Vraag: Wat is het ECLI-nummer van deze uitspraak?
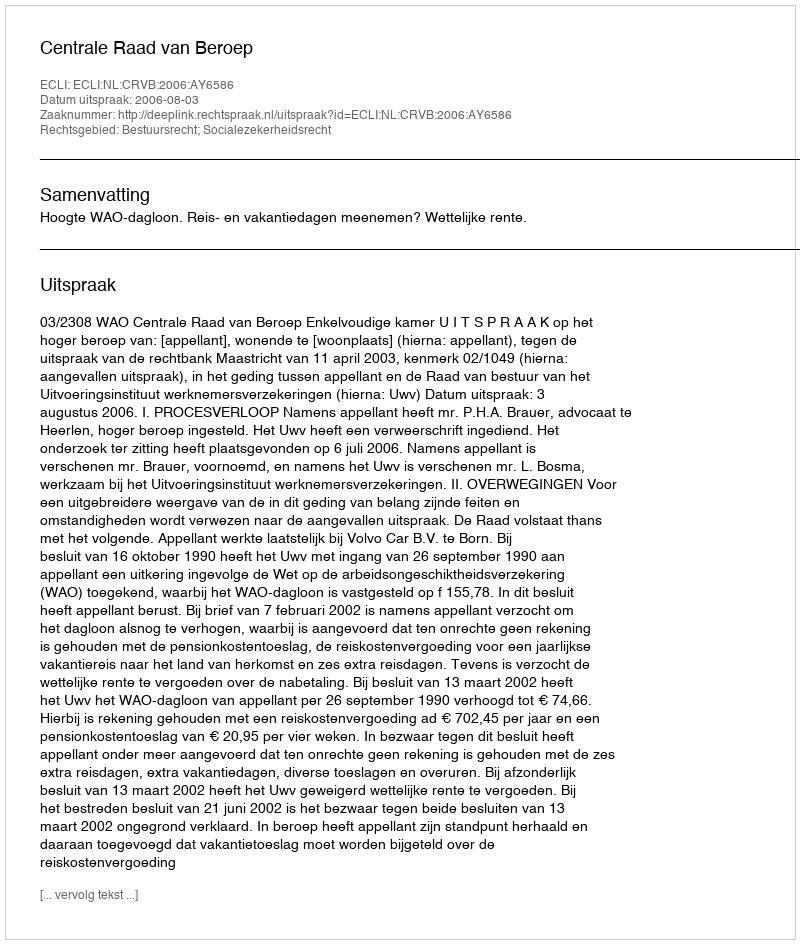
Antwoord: ECLI:NL:CRVB:2006:AY6586